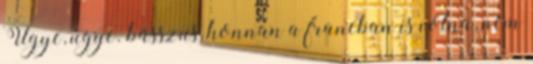
Ugye, ugye. basszus, honnan a francban is volna, nem